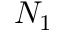
N _ { 1 }